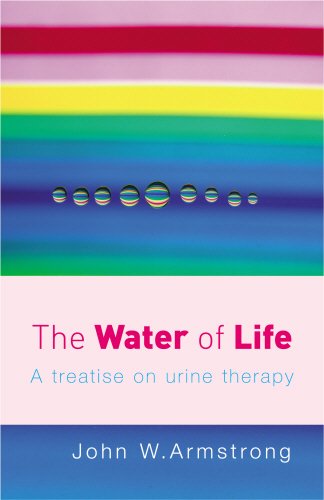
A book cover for The Water of Life: A Treatise on Urine Therapy; J.W. Armstrong; Health, Fitness & Dieting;